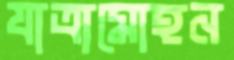
যাত্রামোহন